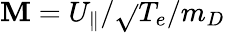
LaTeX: \mathbf{M}=U_{\parallel}/\sqrt{}{{T_{e}/m_{D}}}